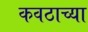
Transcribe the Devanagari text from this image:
कवठाच्या